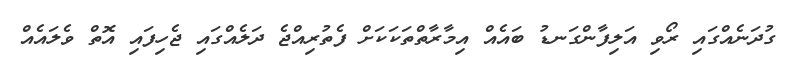
ގުދަނެއްގައި ރޯވި އަލިފާންގަނޑު ބައެއް އިމާރާތްތަކަކަށް ފެތުރިއްޖެ ދަލެއްގައި ޖެހިފައި އޮތް ވެލައެއް